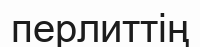
перлиттің